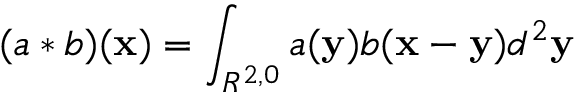
( a * b ) ( { \bf x } ) = \int _ { R ^ { 2 , 0 } } a ( { \bf y } ) b ( { \bf x } - { \bf y } ) d ^ { 2 } { \bf y }